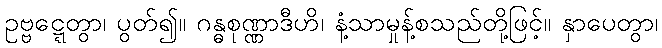
ဥဗ္ဗဋ္ဋေတွာ၊ ပွတ်၍။ ဂန္ဓစုဏ္ဏာဒီဟိ၊ နံ့သာမှုန့်စသည်တို့ဖြင့်။ နှာပေတွာ၊